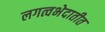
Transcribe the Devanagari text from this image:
लगत्वभेदातीत